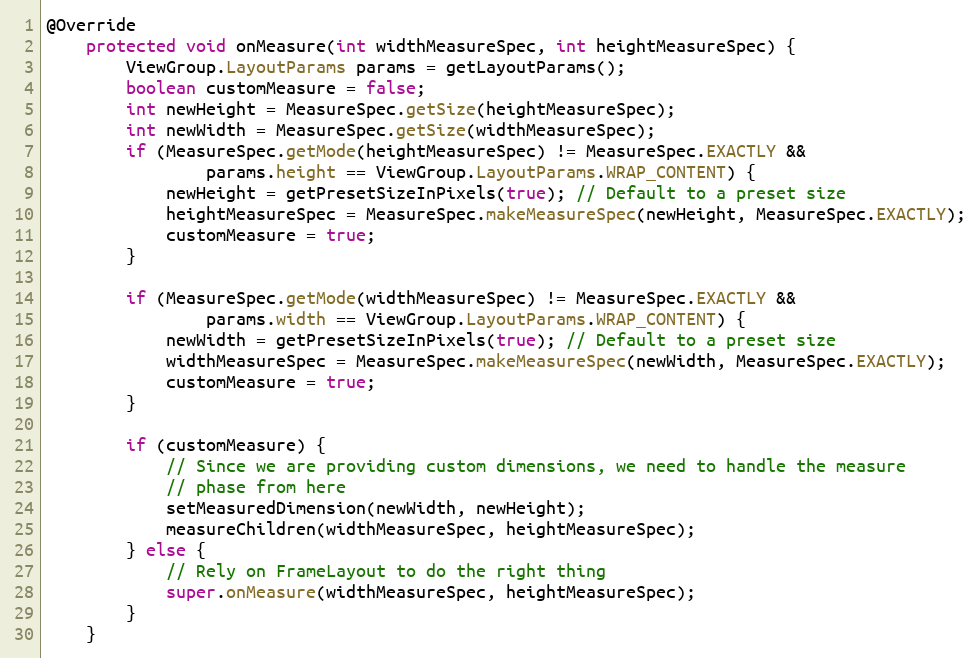
Language: Java
@Override
    protected void onMeasure(int widthMeasureSpec, int heightMeasureSpec) {
        ViewGroup.LayoutParams params = getLayoutParams();
        boolean customMeasure = false;
        int newHeight = MeasureSpec.getSize(heightMeasureSpec);
        int newWidth = MeasureSpec.getSize(widthMeasureSpec);
        if (MeasureSpec.getMode(heightMeasureSpec) != MeasureSpec.EXACTLY &&
                params.height == ViewGroup.LayoutParams.WRAP_CONTENT) {
            newHeight = getPresetSizeInPixels(true); // Default to a preset size
            heightMeasureSpec = MeasureSpec.makeMeasureSpec(newHeight, MeasureSpec.EXACTLY);
            customMeasure = true;
        }

        if (MeasureSpec.getMode(widthMeasureSpec) != MeasureSpec.EXACTLY &&
                params.width == ViewGroup.LayoutParams.WRAP_CONTENT) {
            newWidth = getPresetSizeInPixels(true); // Default to a preset size
            widthMeasureSpec = MeasureSpec.makeMeasureSpec(newWidth, MeasureSpec.EXACTLY);
            customMeasure = true;
        }

        if (customMeasure) {
            // Since we are providing custom dimensions, we need to handle the measure
            // phase from here
            setMeasuredDimension(newWidth, newHeight);
            measureChildren(widthMeasureSpec, heightMeasureSpec);
        } else {
            // Rely on FrameLayout to do the right thing
            super.onMeasure(widthMeasureSpec, heightMeasureSpec);
        }
    }